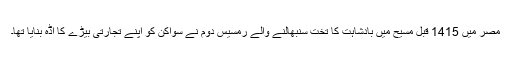
مصر میں 1415 قبل مسیح میں بادشاہت کا تخت سنبھالنے والے رمسیس دوم نے سواکن کو اپنے تجارتی بیڑے کا اڈّہ بنایا تھا۔